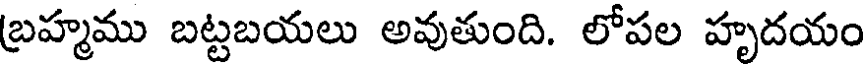
బ్రహ్మము బట్టబయలు అవుతుంది. లోపల హృదయం